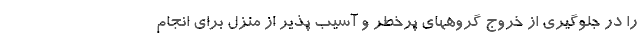
را در جلوگیری از خروج گروههای پرخطر و آسیب پذیر از منزل برای انجام